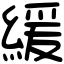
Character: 緩